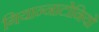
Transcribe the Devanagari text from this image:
गियान्नाटोनियो